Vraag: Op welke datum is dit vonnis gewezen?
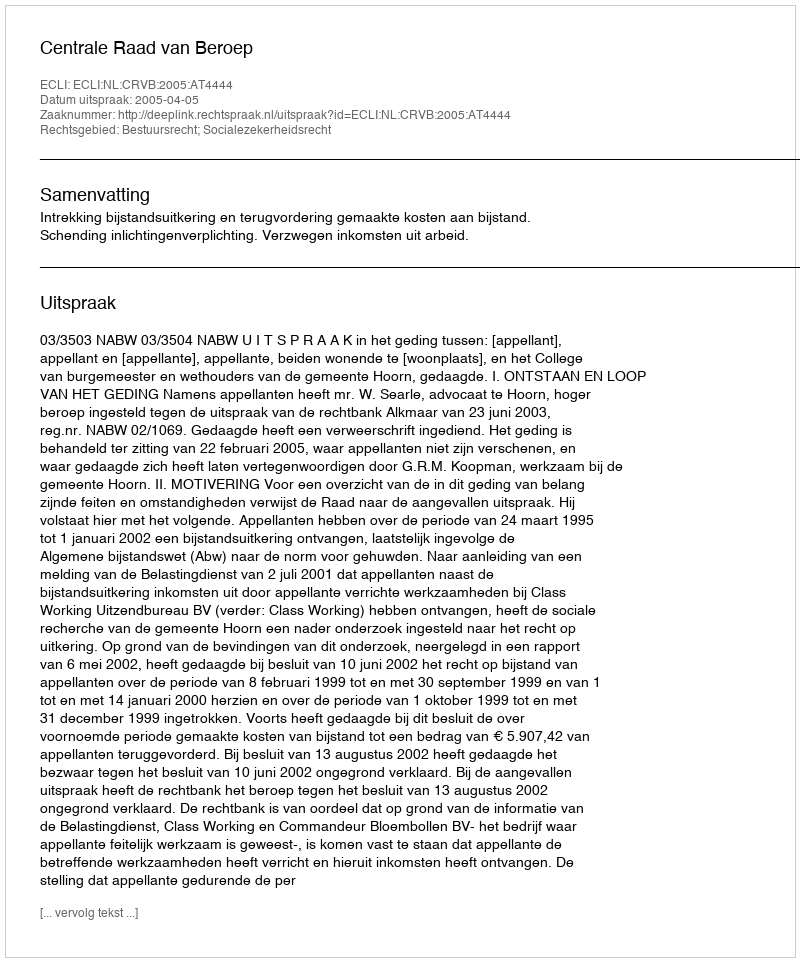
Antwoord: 2005-04-05